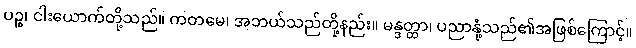
ပဉ္စ၊ ငါးယောက်တို့သည်။ ကတမေ၊ အဘယ်သည်တို့နည်း။ မန္ဒတ္တာ၊ ပညာနုံ့သည်၏အဖြစ်ကြောင့်။